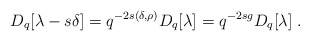
\begin{align*}D_q[\lambda-s\delta]=q^{-2s(\delta,\rho)}D_q[\lambda]=q^{-2sg}D_q[\lambda]\;.\end{align*}